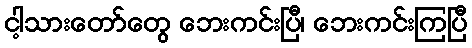
ငါ့သားတော်တွေ ဘေးကင်းပြီ၊ ဘေးကင်းကြပြီ